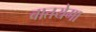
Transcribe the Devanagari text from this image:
बातयेगा